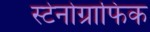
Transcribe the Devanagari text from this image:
स्टेनोग्राफिक